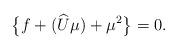
LaTeX: \begin{align*}\bigl\{f+(\widehat{U}\mu) +\mu^2\bigr\}=0.\end{align*}